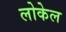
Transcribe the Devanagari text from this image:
लोकेल